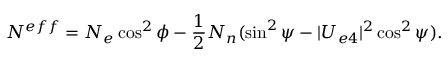
N ^ { e f f } = N _ { e } \cos ^ { 2 } \phi - { \frac { 1 } { 2 } } N _ { n } ( \sin ^ { 2 } \psi - | U _ { e 4 } | ^ { 2 } \cos ^ { 2 } \psi ) .